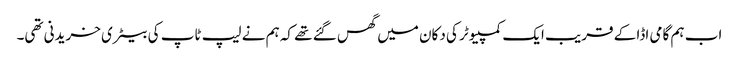
اب ہم گامی اڈا کے قریب ایک کمپیوٹر کی دکان میں گھس گئے تھے کہ ہم نے لیپ ٹاپ کی بیٹری خریدنی تھی۔